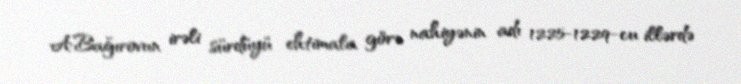
A.Bağırovun irəli sürdüyü ehtimala görə nahiyənin adı 1225-1229-cu illərdə